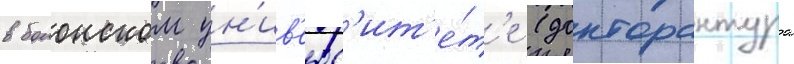
в болонском ун'ив'ерс'ит'е́т'е (докторантура